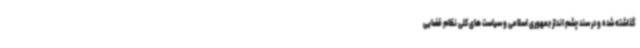
گذاشته شده و در سند چشم انداز جمهوری اسلامی و سیاست های کلی نظام قضایی